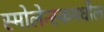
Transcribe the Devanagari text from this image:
स्मोलेन्स्कमधील